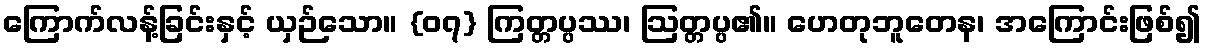
ကြောက်လန့်ခြင်းနှင့် ယှဉ်သော။ {၀၇} ကြတ္တပ္ပဿ၊ ဩတ္တပ္ပ၏။ ဟေတုဘူတေန၊ အကြောင်းဖြစ်၍